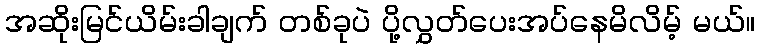
အဆိုးမြင်ယိမ်းခါချက် တစ်ခုပဲ ပို့လွှတ်ပေးအပ်နေမိလိမ့် မယ်။